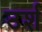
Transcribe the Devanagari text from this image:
उर्श